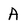
Character: A